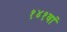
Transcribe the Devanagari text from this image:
१४१वां